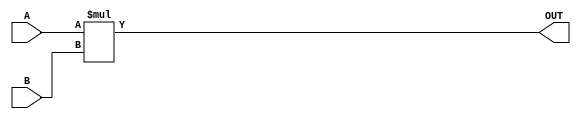
module ParameterizedMultiplier #(
    parameter WIDTH_A = 8,         // Bit-width of input A
    parameter WIDTH_B = 8,         // Bit-width of input B
    parameter WIDTH_OUT = WIDTH_A + WIDTH_B // Bit-width of output
)(
    input  wire signed [WIDTH_A-1:0] A, // Input A
    input  wire signed [WIDTH_B-1:0] B, // Input B
    output reg  signed [WIDTH_OUT-1:0] OUT // Output
);

    always @(*) begin
        // Perform multiplication
        OUT = A * B;

        // Optional: Overflow handling can be added here
        // For example, if you want to check if OUT exceeds the maximum representable value
        // Uncomment the following lines for basic overflow detection
        /*
        if (OUT > (2**(WIDTH_OUT-1) - 1)) begin
            OUT = (2**(WIDTH_OUT-1) - 1); // Saturate to max positive value
        end else if (OUT < -(2**(WIDTH_OUT-1))) begin
            OUT = -(2**(WIDTH_OUT-1)); // Saturate to max negative value
        end
        */
    end

endmodule